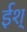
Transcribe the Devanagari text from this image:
ईश्